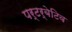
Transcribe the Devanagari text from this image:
पर्टर्बेटिव